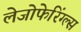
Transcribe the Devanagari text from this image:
लेजोफेरिंग्ल्स